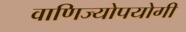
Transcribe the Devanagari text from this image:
वाणिज्योपयोगी